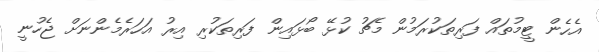
އެހެން ޓީމުތައް ފަރިތަކުރަމުން މެޗު ކުޅޭ ބޯޅައިން ފަރިތަކުރި އިރު އަހަރެމެންނަށް ޖެހުނީ